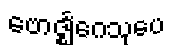
ဗောဇ္ဈင်္ဂေသုပေ